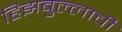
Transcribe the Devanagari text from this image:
हिझबुल्लाची